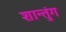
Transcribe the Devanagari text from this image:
शान्तुंग